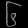
Digit: ၆